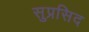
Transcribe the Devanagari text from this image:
सुप्रसिद